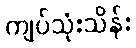
ကျပ်သုံးသိန်း